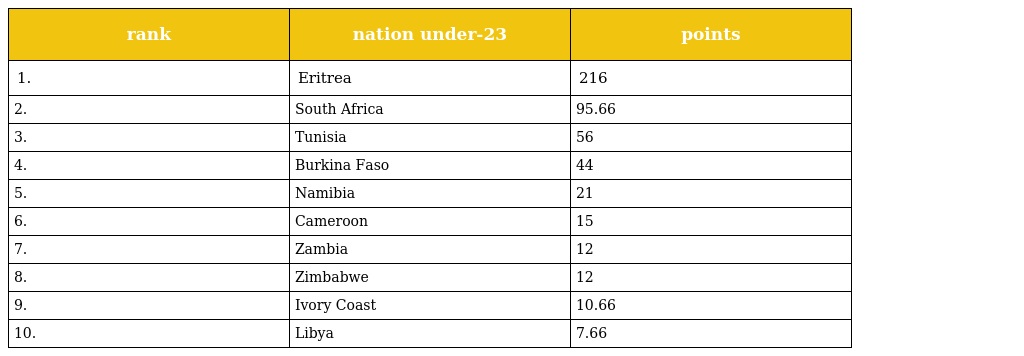
| rank | nation under-23 | points |
 | --- | --- | --- |
 | 1. | Eritrea | 216 |
 | 2. | South Africa | 95.66 |
 | 3. | Tunisia | 56 |
 | 4. | Burkina Faso | 44 |
 | 5. | Namibia | 21 |
 | 6. | Cameroon | 15 |
 | 7. | Zambia | 12 |
 | 8. | Zimbabwe | 12 |
 | 9. | Ivory Coast | 10.66 |
 | 10. | Libya | 7.66 |